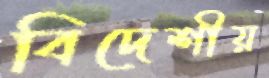
বিদেশীয়